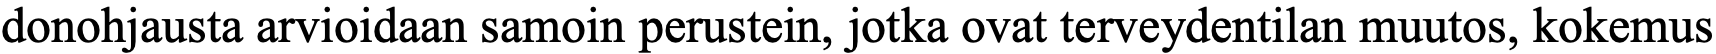
donohjausta arvioidaan samoin perustein, jotka ovat terveydentilan muutos, kokemus